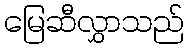
မြေဆီလွှာသည်